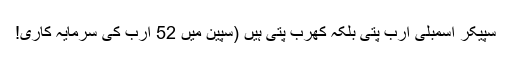
سپیکر اسمبلی ارب پتی بلکہ کھرب پتی ہیں (سپین میں 52 ارب کی سرمایہ کاری!